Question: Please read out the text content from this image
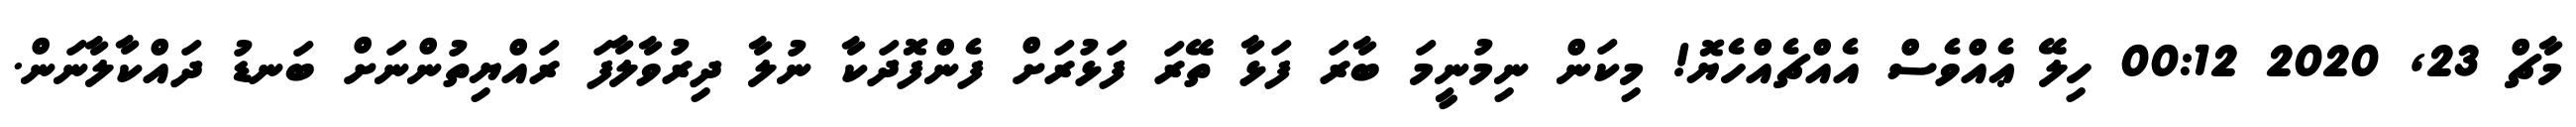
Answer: މާޗް 23, 2020 00:12 ހިލޭ ޢެއްވެސް އެއްޗެއްހެޔޮ! މިކަން ނިމުނީމަ ބާރަ ފަޅާ ތޭރަ ފަޅުރަށް ފެންފޮދަކާ ނުލާ ދިރުވާލާފަ ރައްޔިތުންނަށް ބަނޑު ދައްކާލާނަން.